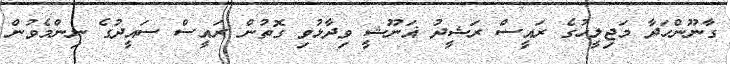
ގާނޫންހަދާ މަޖިލީހުގެ ރައީސް ރަޝީދު ޣަނޫޝީ ވިދާޅުވި ގޮތުން ރައީސް ސައީދުގެ ނިންމެވުން